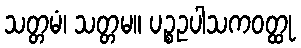
သတ္တမံ၊ သတ္တမ။ ပဉ္စဥပါသကဝတ္ထု